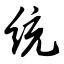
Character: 统